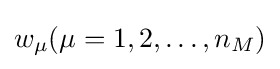
w_{\mu }(\mu =1,2,\ldots ,n_{M})